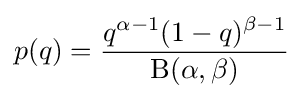
p(q)={q^{\alpha -1}(1-q)^{\beta -1} \over \mathrm {B} (\alpha ,\beta )}